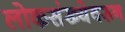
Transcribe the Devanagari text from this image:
लोकसंख्येवरून